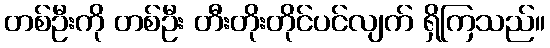
တစ်ဦးကို တစ်ဦး တီးတိုးတိုင်ပင်လျက် ရှိကြသည်။